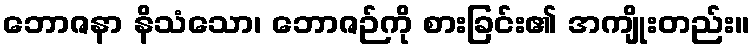
ဘောဇနာ နိသံသော၊ ဘောဇဉ်ကို စားခြင်း၏ အကျိုးတည်း။